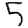
Digit: 5